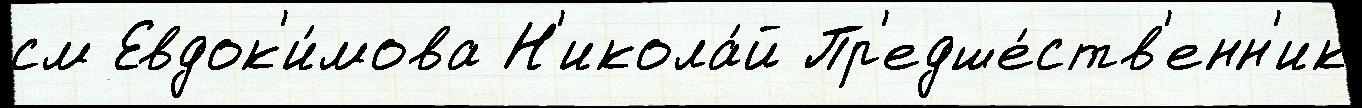
см Евдок'и́мова Н'икола́й Пр'едше́ств'енн'ик